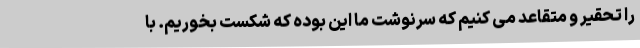
را تحقیر و متقاعد می کنیم که سرنوشت ما این بوده که شکست بخوریم. با